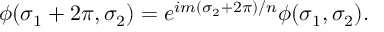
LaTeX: \phi ( \sigma _ { 1 } + 2 \pi , \sigma _ { 2 } ) = e ^ { i m ( \sigma _ { 2 } + 2 \pi ) / n } \phi ( \sigma _ { 1 } , \sigma _ { 2 } ) .